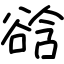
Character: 谽